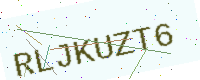
Text: RLJKUZT6